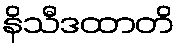
နိသီဒထာတိ